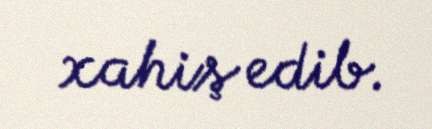
xahiş edib.